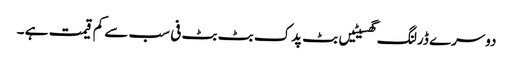
دوسرے ڈرلنگ گھسیٹیں بٹ پدک بٹ بٹ فی سب سے کم قیمت ہے ۔